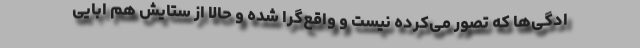
ادگی‌ها که تصور می‌کرده نیست و واقع‌گرا شده و حالا از ستایش هم ابایی